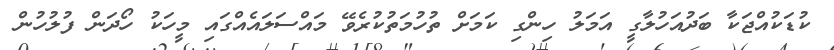
ކުޑަކުއްޖަކާ ބަދުއަހުލާގީ އަމަލު ހިންގި ކަމަށް ތުހުމަތުކުރެވޭ މައްސަލައެއްގައި މީހަކު ހޯދަން ފުލުހުން